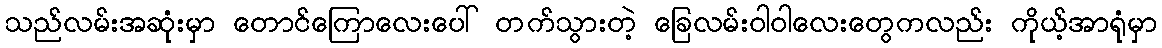
သည်လမ်းအဆုံးမှာ တောင်ကြောလေးပေါ် တက်သွားတဲ့ ခြေလမ်းဝါဝါလေးတွေကလည်း ကိုယ့်အာရုံမှာ